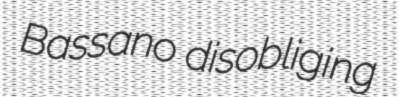
Bassano disobliging